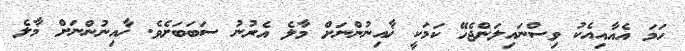
ހަމަ އެއާއިއެކު ވިސްނައިލަންޖެހޭ ކަމަކީ ޚާއިނުންނަށް މާލެ އެރުނު ސަބަބަށެވެ. ޚާއިނުންނަށް މާލެ